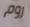
روم